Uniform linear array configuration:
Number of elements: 64
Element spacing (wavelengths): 0.5
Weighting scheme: binomial
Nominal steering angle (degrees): -15
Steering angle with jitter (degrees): -14.554
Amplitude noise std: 0.05
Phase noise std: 0.05

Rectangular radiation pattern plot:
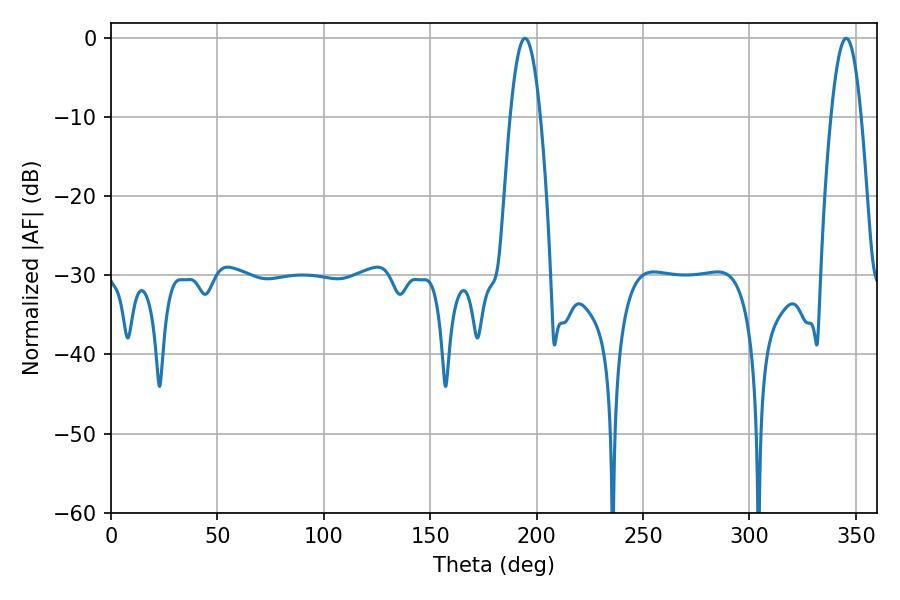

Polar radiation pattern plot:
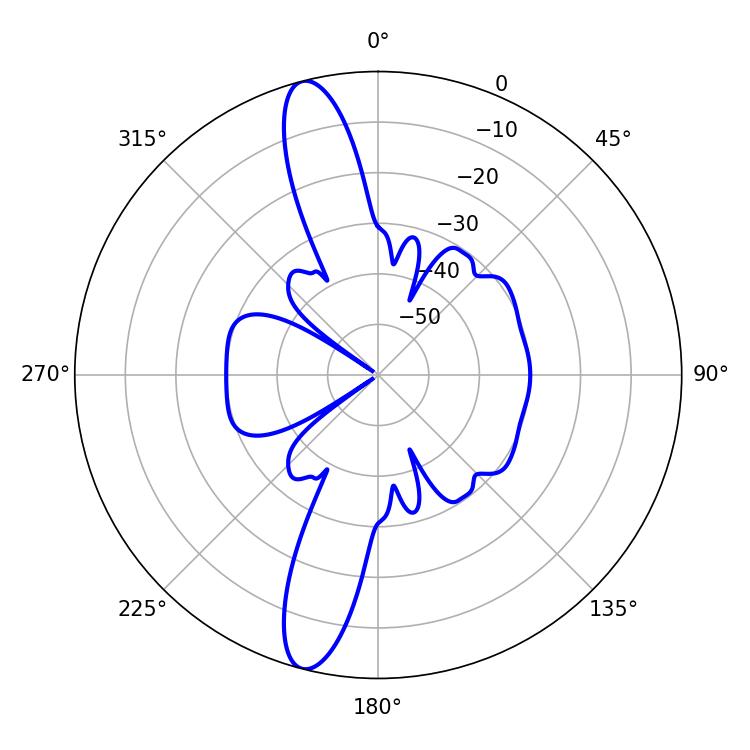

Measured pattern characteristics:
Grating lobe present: FALSE
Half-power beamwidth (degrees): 7.56
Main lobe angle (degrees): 194.58